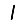
Digit: 1